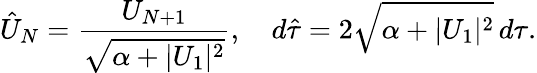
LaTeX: \hat{U}_{N}=\frac{U_{N+1}}{\sqrt{\alpha+|U_{1}|^{2}}},\quad d\hat{\tau}=2\sqrt{\alpha+|U_{1}|^{2}}\, d\tau.